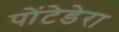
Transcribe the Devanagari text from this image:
पोंटेडेरा